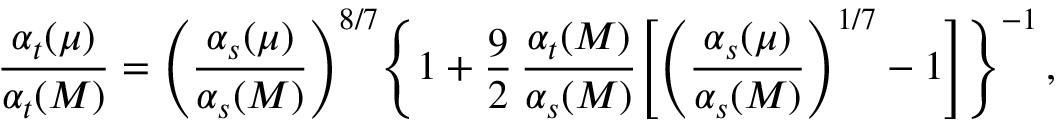
{ \frac { \alpha _ { t } ( \mu ) } { \alpha _ { t } ( M ) } } = \Bigg ( { \frac { \alpha _ { s } ( \mu ) } { \alpha _ { s } ( M ) } } \Bigg ) ^ { 8 / 7 } \Bigg \{ 1 + { \frac { 9 } { 2 } } \, { \frac { \alpha _ { t } ( M ) } { \alpha _ { s } ( M ) } } \Bigg [ \Bigg ( { \frac { \alpha _ { s } ( \mu ) } { \alpha _ { s } ( M ) } } \Bigg ) ^ { 1 / 7 } - 1 \Bigg ] \Bigg \} ^ { - 1 } \, ,